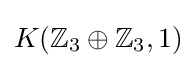
K(\mathbb {Z} _{3}\oplus \mathbb {Z} _{3},1)